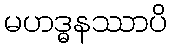
မဟဒ္ဓနဿာပိ